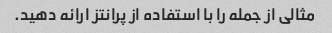
مثالی از جمله را با استفاده از پرانتز ارائه دهید.